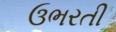
ઉભરતી